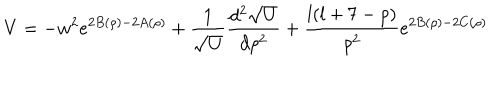
LaTeX: V = - w ^ { 2 } e ^ { 2 B ( \rho ) - 2 A ( \rho ) } + \frac { 1 } { \sqrt U } \frac { d ^ { 2 } \sqrt U } { d \rho ^ { 2 } } + \frac { l ( l + 7 - p ) } { \rho ^ { 2 } } e ^ { 2 B ( \rho ) - 2 C ( \rho ) }